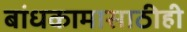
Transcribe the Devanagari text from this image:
बांधकामासाठीही